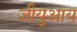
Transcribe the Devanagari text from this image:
जीयुआय